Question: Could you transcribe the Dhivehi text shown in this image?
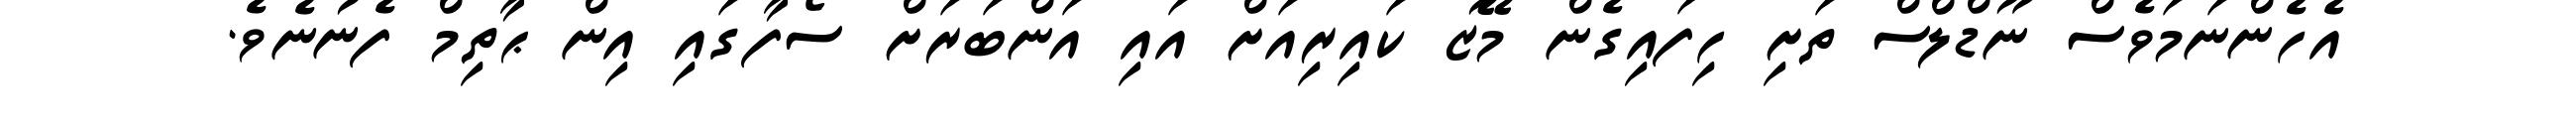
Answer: އެހެންނަމަވެސް ނޫޑްލްސް ތަށި ހިފައިގެން މޭޒު ކައިރިއަށް އައި އަންބަރަށް ސޯފާގައި އިން ޙާތިމް ފެނުނެވެ.